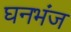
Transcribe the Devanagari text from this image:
घनभंज